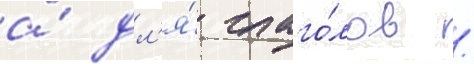
а́ дл'я́ глаго́лов /